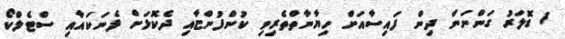
1 ޑޮލަރު ގަންނަން ދިން ފައިސާއަށް ހިޔާނާތްތެރިވި ކުންފުންޏާއި ދެކޮޅަށް ފެނަކައާއި ސްޓެލްކޯ